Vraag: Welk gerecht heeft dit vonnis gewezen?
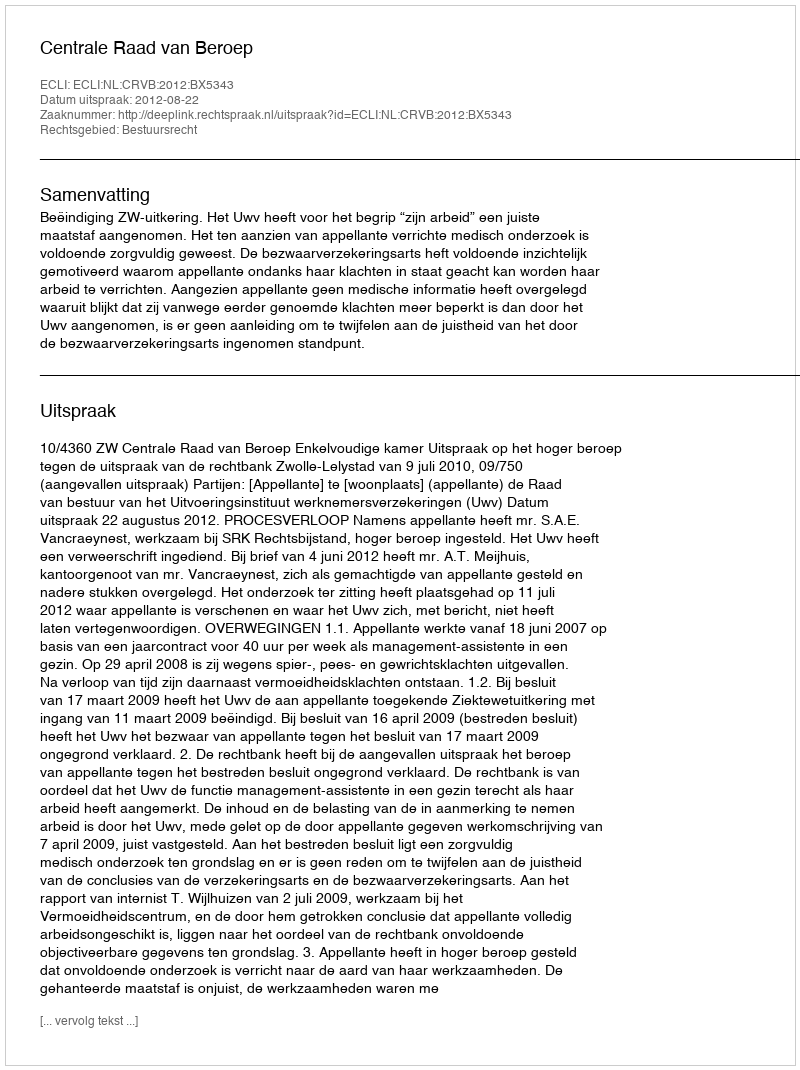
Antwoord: Centrale Raad van Beroep